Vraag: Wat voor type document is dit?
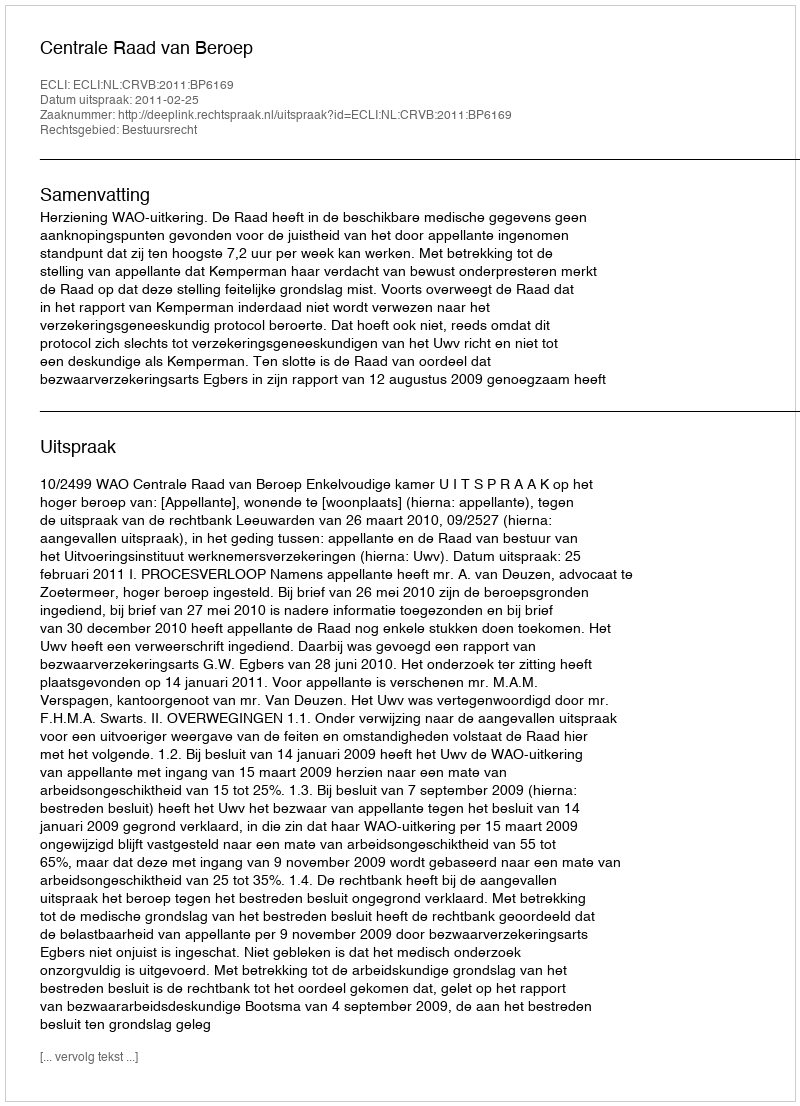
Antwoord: Uitspraak